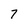
Character: 7